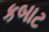
કબાટ